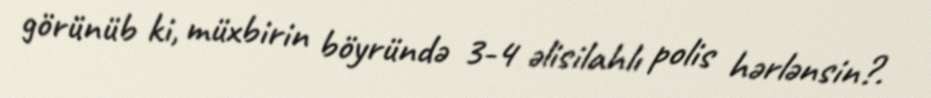
görünüb ki, müxbirin böyründə 3-4 əlisilahlı polis hərlənsin?.